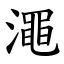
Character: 澠